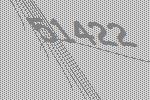
51422